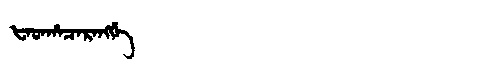
Manchu: ᡶᠠᡨᡥᠠᠴᠠᡵᠠᠩᡤᡝ
Romanization: FATHACARANGGE